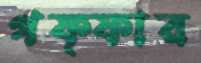
গফ্ফার